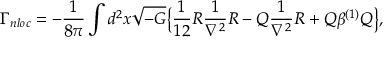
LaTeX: \Gamma _ { n l o c } = - { \frac { 1 } { 8 \pi } } \int d ^ { 2 } x \sqrt { - G } \big \{ { \frac { 1 } { 1 2 } } R { \frac { 1 } { \nabla ^ { 2 } } } R - { \cal Q } { \frac { 1 } { \nabla ^ { 2 } } } R + { \cal Q } \beta ^ { ( 1 ) } { \cal Q } \big \} ,